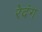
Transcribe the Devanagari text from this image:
रेदंग